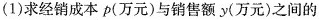
(1)求经销成本p(方元)与销售额y(万元)之间的